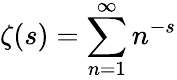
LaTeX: \zeta(s)=\sum_{n=1}^{\infty}n^{-s}